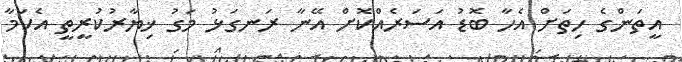
އީތަންގެ ހިތަށް އެހާ ބޮޑު އަސަރެއްކޮށް އޭނާ ރަނގަޅު މަގު ޚިޔާރުކުރީތީ އެކަމާ